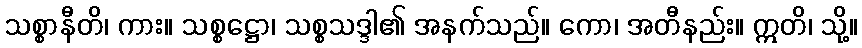
သစ္စာနီတိ၊ ကား။ သစ္စဋ္ဌော၊ သစ္စသဒ္ဒါ၏ အနက်သည်။ ကော၊ အတီနည်း။ ဣတိ၊ သို့။